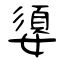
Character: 嬃